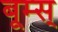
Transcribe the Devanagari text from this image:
बूम्स्